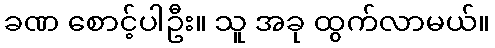
ခဏ စောင့်ပါဦး။ သူ အခု ထွက်လာမယ်။